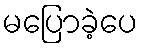
မပြောခဲ့ပေ